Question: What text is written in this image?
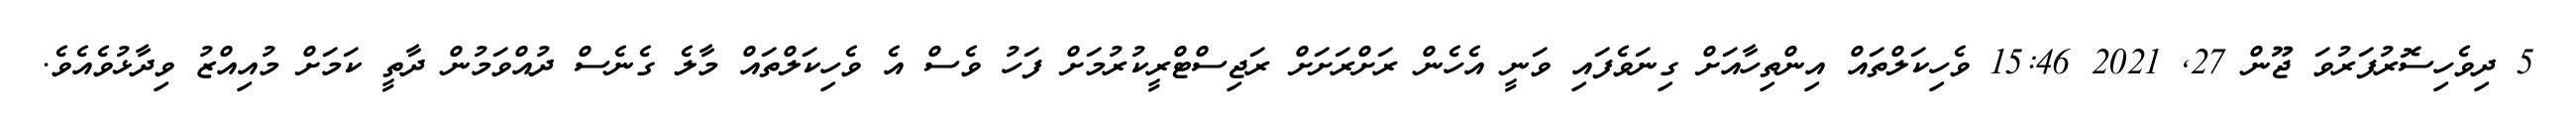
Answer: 5 ދިވެހިސޮރުފަރުވަ ޖޫން 27, 2021 15:46 ވެހިކަލްތައް އިންތިހާއަށް ގިނަވެފައި ވަނީ އެހެން ރަށްރަށަށް ރަޖިސްޓްރީކުރުމަށް ފަހު ވެސް އެ ވެހިކަލްތައް މާލެ ގެނެސް ދުއްވަމުން ދާތީ ކަމަށް މުއިއްޒު ވިދާޅުވެއެވެ.